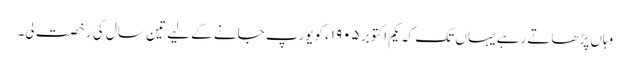
وہاں پڑھاتے رہے یہاں تک کہ یکم اکتوبر ١٩٠۵ء کو یورپ جانے کے لیے تین سال کی رخصت لی۔